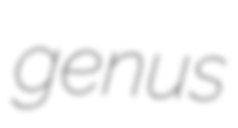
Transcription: genus